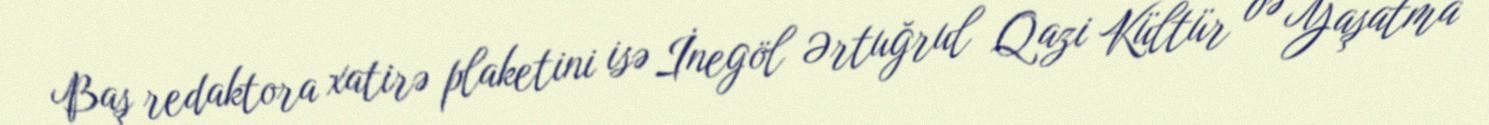
Baş redaktora xatirə plaketini isə İnegöl Ərtuğrul Qazi Kültür və Yaşatma